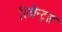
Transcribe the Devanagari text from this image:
रिजेन्ट्स